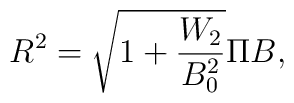
R^2 = \sqrt{1 + \frac{W_2}{B_0^2}} \Pi B,